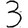
Digit: 3